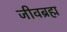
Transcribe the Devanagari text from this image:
जीवब्रह्म